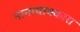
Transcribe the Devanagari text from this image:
नानायाक्कारा